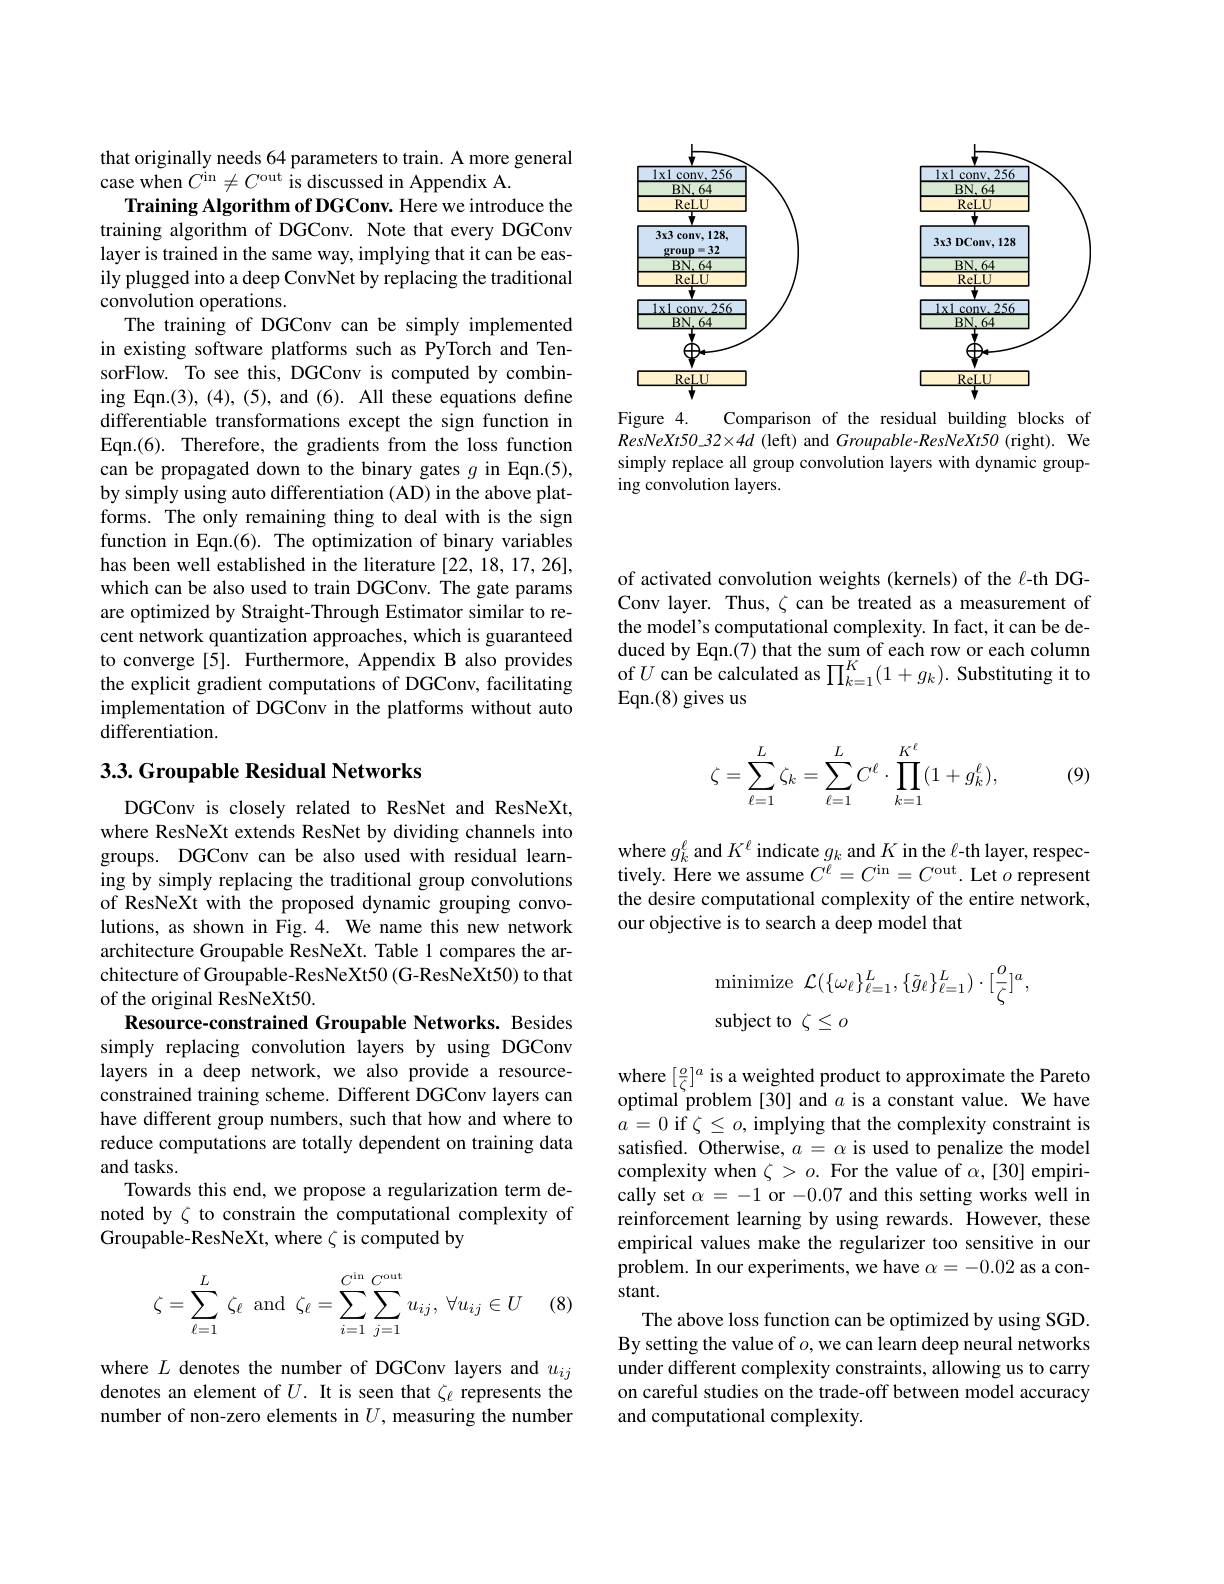
<FigureHere>

Figure 4.
Comparison of the residual building blocks of
$ResNeXt50\_ 32\times 4d$ ( left) and Groupable- ResNeXt50 ( right) . We simply replace all group convolution layers with dynamic grouping convolution layers.

that originally needs 64 parameters to train. A more general
case when $C^\mathrm{in}\neq C^\mathrm{out~is~discussed~in~Appendix~A.}$
Training Algorithm of DGConv. Here we introduce the training algorithm of DGConv. Note that every DGConv layer is trained in the same way, implying that it can be easily plugged into a deep ConvNet by replacing the traditional convolution operations.
The training of DGConv can be simply implemented in existing software platforms such as PyTorch and TensorFlow. To see this, DGConv is computed by combining Eqn.(3), (4), (5), and (6). All these equations define differentiable transformations except the sign function in Eqn.(6). Therefore, the gradients from the loss function can be propagated down to the binary gates $g$ in Eqn.(5), by simply using auto differentiation (AD) in the above platforms. The only remaining thing to deal with is the sign function in Eqn.(6). The optimization of binary variables has been well established in the literature [22, 18, 17, 26], which can be also used to train DGConv. The gate params are optimized by Straight-Through Estimator similar to recent network quantization approaches, which is guaranteed to converge [5]. Furthermore, Appendix B also provides the explicit gradient computations of DGConv, facilitating implementation of DGConv in the platforms without auto differentiation.

## 3.3. Groupable Residual Networks

DGConv is closely related to ResNet and ResNeXt, where ResNeXt extends ResNet by dividing channels into groups. DGConv can be also used with residual learning by simply replacing the traditional group convolutions of ResNeXt with the proposed dynamic grouping convolutions, as shown in Fig. 4. We name this new network architecture Groupable ResNeXt. Table 1 compares the architecture of Groupable-ResNeXt50 (G-ResNeXt50) to that of the original ResNeXt50.
Resource-constrained Groupable Networks. Besides simply replacing convolution layers by using DGConv layers in a deep network, we also provide a resourceconstrained training scheme. Different DGConv layers can have different group numbers, such that how and where to reduce computations are totally dependent on training data and tasks.
Towards this end, we propose a regularization term denoted by $\zeta$ to constrain the computational complexity of Groupable-ResNeXt, where $\zeta$ is computed by
$$\zeta=\sum\limits_{\ell=1}^{L}\:\zeta_\ell\:\text{and}\:\zeta_\ell=\sum\limits_{i=1}^{C^\text{in}}\sum\limits_{j=1}^{C^\text{out}}u_{ij},\:\forall u_{ij}\in U$$
(8)

where $L$ denotes the number of DGConv layers and $u_ij$ denotes an element of $U.$ It is seen that $\zeta_\ell$ represents the number of non-zero elements in $U$, measuring the number

of activated convolution weights (kernels) of the $\ell$-th DGConv layer. Thus, $\zeta$ can be treated as a measurement of the model's computational complexity. In fact, it can be deduced by Eqn.(7) that the sum of each row or each column of $U$ can be calculated as $\prod_k=1^K(1+g_k).$ Substituting it to Eqn.(8) gives us
$$\begin{aligned}\zeta=\sum_{\ell=1}^{L}\zeta_k=\sum_{\ell=1}^{L}C^\ell\cdot\prod_{k=1}^{K^\ell}(1+g_k^\ell),\end{aligned}$$
(9)

where $g_k^\ell$ and $K^\ell$ indicate $g_k$ and $K$ in the $\ell$-th layer, respectively. Here we assume $C^\ell=C^{\mathrm{in}}=C^{\mathrm{out}}.$ Let $o$ represent the desire computational complexity of the entire network, our objective is to search a deep model that
$$\begin{array}{ll}\mathrm{minimize}&\mathcal{L}(\{\omega_\ell\}_{\ell=1}^L,\{\tilde{g}_\ell\}_{\ell=1}^L)\cdot[\frac{o}{\zeta}]^a,\\\mathrm{subject~to}&\zeta\leq o\end{array}$$
where $[\frac o\zeta]^a$ is a weighted product to approximate the Pareto optimal'problem [30] and $a$ is a constant value. We have $a=0$ if $\zeta\leq o$, implying that the complexity constraint is satisfied. Otherwise, $a=\alpha$ is used to penalize the model complexity when $\zeta>o.$ For the value of $\alpha,[30]$ empirically set $\alpha=-1$ or -0.07 and this setting works well in reinforcement learning by using rewards. However, these empirical values make the regularizer too sensitive in our $\hat{\text{problem. In our experiments, we have }\alpha}=-0.02$ as a constant.
The above loss function can be optimized by using SGD. By setting the value of $o$,we can learn deep neural networks under different complexity constraints, allowing us to carry on careful studies on the trade-off between model accuracy and computational complexity.